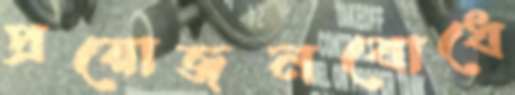
প্রয়োজনবোধে